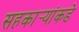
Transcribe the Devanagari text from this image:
सहकार्‍यांकडे